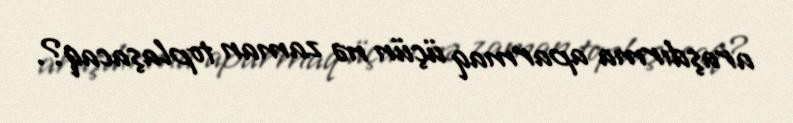
araşdırma aparmaq üçün nə zaman toplaşacaq?.